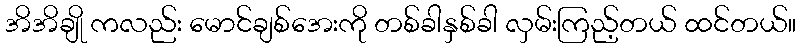
အိအိချို ကလည်း မောင်ချစ်အေးကို တစ်ခါနှစ်ခါ လှမ်းကြည့်တယ် ထင်တယ်။